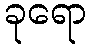
ခုရော